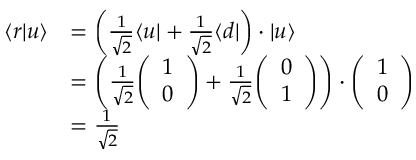
{ \begin{array} { r l } { \langle r | u \rangle } & { = \left( { \frac { 1 } { \sqrt { 2 } } } \langle u | + { \frac { 1 } { \sqrt { 2 } } } \langle d | \right) \cdot | u \rangle } \\ & { = \left( { \frac { 1 } { \sqrt { 2 } } } { \left( \begin{array} { l } { 1 } \\ { 0 } \end{array} \right) } + { \frac { 1 } { \sqrt { 2 } } } { \left( \begin{array} { l } { 0 } \\ { 1 } \end{array} \right) } \right) \cdot { \left( \begin{array} { l } { 1 } \\ { 0 } \end{array} \right) } } \\ & { = { \frac { 1 } { \sqrt { 2 } } } } \end{array} }